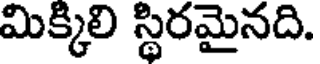
మిక్కిలి స్థిరమైనది.